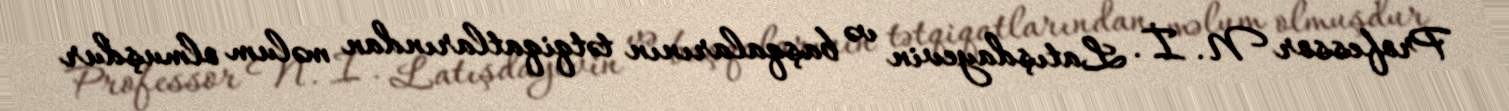
Professor N. İ. Latışdayevin və başqalarının tətqiqatlarından məlum olmuşdur